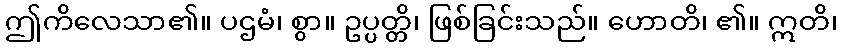
ဤကိလေသာ၏။ ပဌမံ၊ စွာ။ ဥပ္ပတ္တိ၊ ဖြစ်ခြင်းသည်။ ဟောတိ၊ ၏။ ဣတိ၊